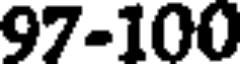
97-100